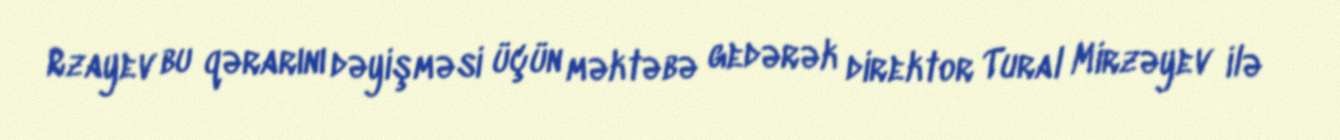
Rzayev bu qərarını dəyişməsi üçün məktəbə gedərək direktor Tural Mirzəyev ilə